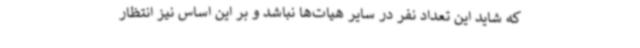
که شاید این تعداد نفر در سایر هیات‌ها نباشد و بر این اساس نیز انتظار